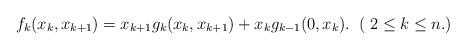
LaTeX: \begin{align*}f_k(x_k,x_{k+1})=x_{k+1}g_k(x_k,x_{k+1})+x_kg_{k-1}(0,x_k). \;\;( \;2 \leq k \leq n.)\end{align*}